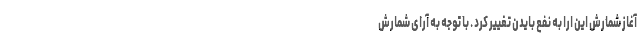
آغاز شمارش این ارا به نفع بایدن تغییر کرد . با توجه به آرای شمارش